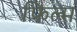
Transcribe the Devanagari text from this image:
फिल्‍म्‍ा